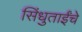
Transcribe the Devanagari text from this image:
सिंधुताईंचे